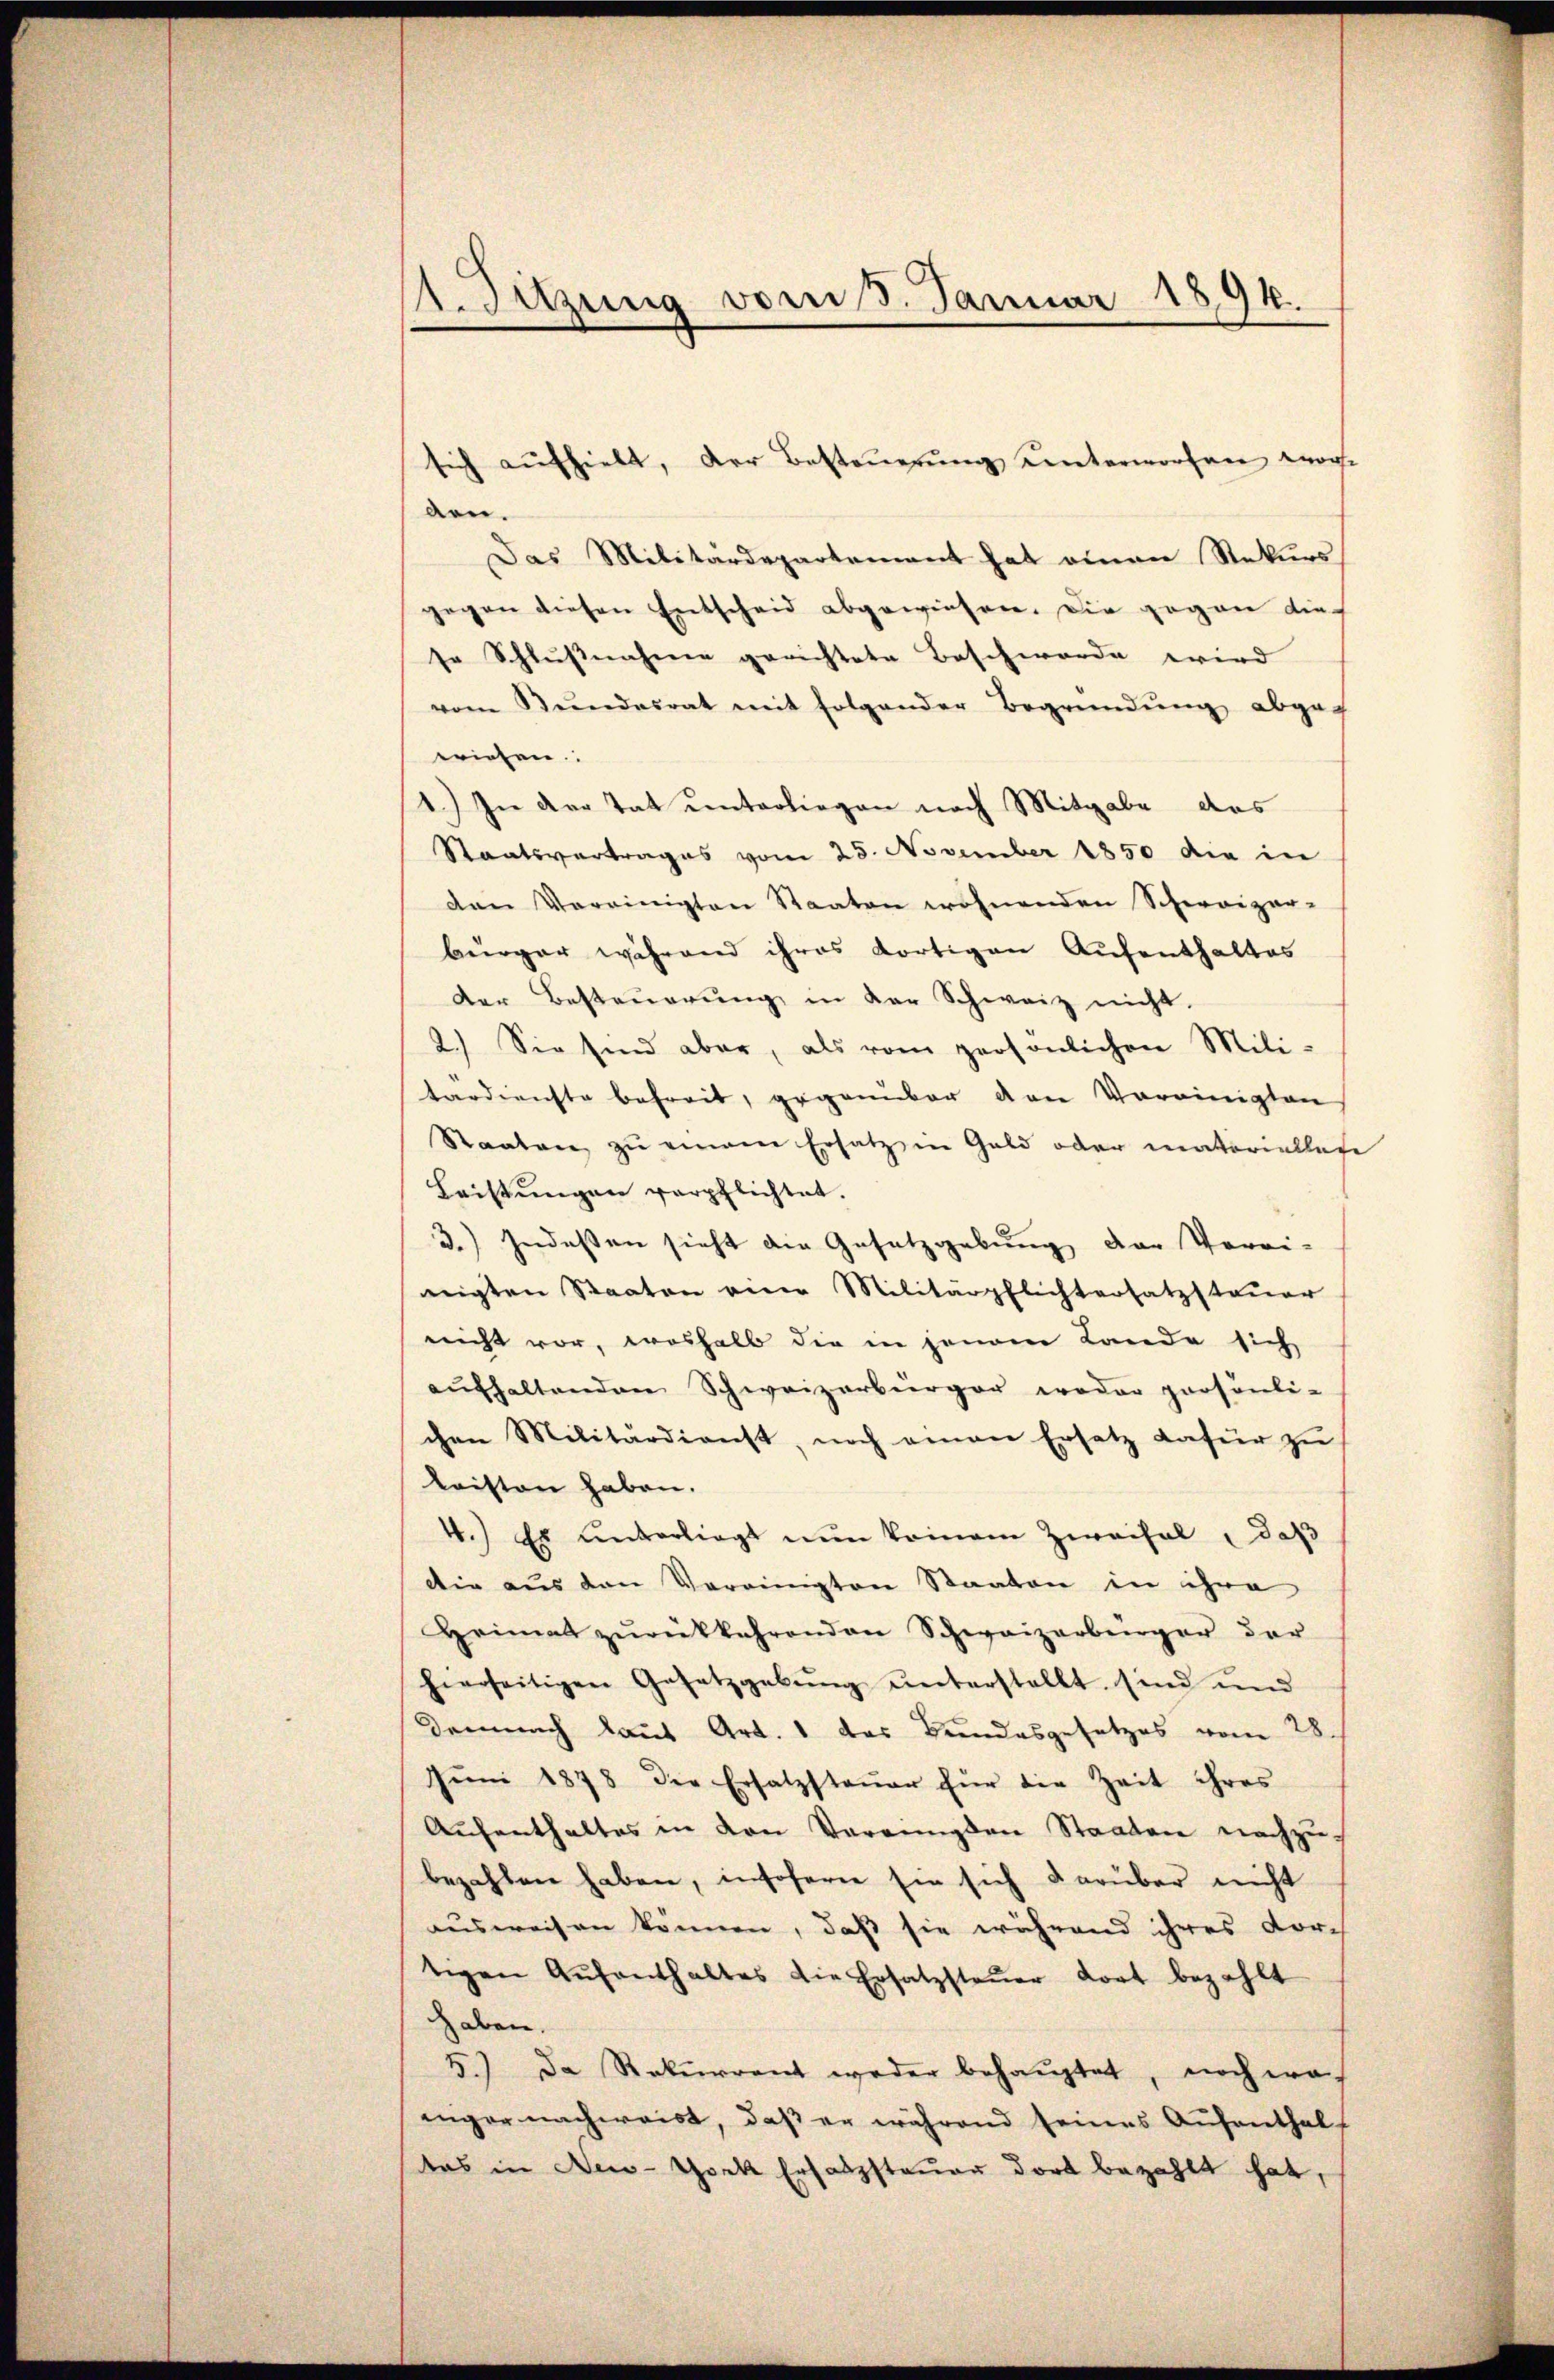
1. Sitzung vom 3. Januar 1894.

den.
Das Militärdepartement hat einen Rekurs
gegen diesen Entscheid abgewiesen. Die gegen die
se Schlußnahme gerichtete Beschwerde wird
vom Bŭndesrat mit folgender Begründŭng abgeg
wiesen.
1.) In der Tat unterliegen nach Mitgabe das
Staatsvertrages vom 25. November 1850 die in
den Vereinigten Staaten wohnenden Schweizer-
bürger während ihres dortigen Aufenthaltes
Der Besteuerung in der Schweiz nicht
2.) Sie sind aber, als vom persönlichen Mili-
terdienste befreit, gegenüber den Vereinigten
Staaten zu einem Ersatz in Geld oder materiellete
Leistŭngen verpflichtet.
3.) Indeßen sieht die Gesetzgebung der Vorri-
nigten Staaten eine Militärpflichtersatzsteuer
nicht vor, weshalb die in jenem Lande sich
aufhaltenden Schweizerbürger weder persönli-
chen Militärdienst, noch einen Ersetz dafür zu
leisten haben.
4.) Es unterliegt nun keinem Zweifel, daß
Die aus den Vereinigten Staaten in ihre
Heimat zŭrükkehrenden Schweizerbürger der
hierseitigen Gesetzgebŭng ŭnterstellt sind und
Demnach laut Art. 1 das Bundesgesetzes vom 28.
Jŭni 1878 die Ersatzsteŭer für die Zeit ihres
Aŭfenthaltes in den Vereingen Staaten nachzu-
bezahlen haben, insoferne sie sich darüber nicht
ausweisen können, daß sie während ihres dortigen Aŭfenthaltes die Ersatzsteŭer dort bezahlt
haben.
5.) Da Rekurrent weder behauptet, noch wa
niger nachweist, daß er während seines Aufenthal
das in Dei-Thock Ersatzsteuer dort bezahlt hat,

sich aŭfhielt, der Besteŭerŭng unterworfen worde